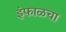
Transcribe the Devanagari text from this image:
इंफाळचा